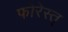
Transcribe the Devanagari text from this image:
फोरेस्त्